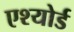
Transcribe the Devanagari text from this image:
एश्योर्ड